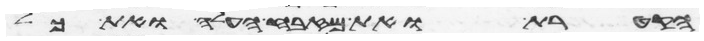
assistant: הקטרת ואת מזבח העלה ואת כל